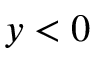
y < 0